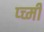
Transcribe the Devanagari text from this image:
प्च्मी